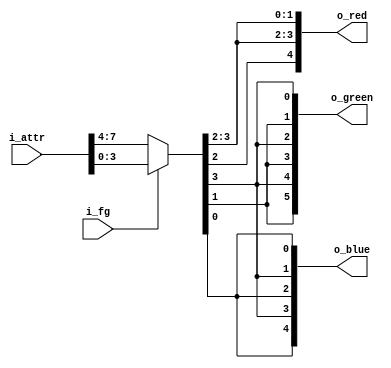
// Receive CGA color to drive LCD output R(5)G(6)B(5)
// "pixel on" signal select between foreground or background color.
// 00h => 00000000b
// 55h => 01010101b  (intensifier bit)
// AAh => 10101010b  (color bit)
// FFh => 11111111b
module color (
    input  [7:0] i_attr,   // Color attribute. irgb back (8b), irgb fore (8b)
    input        i_fg,     // pixel active (foreground color) or background color
    output [4:0] o_red,
    output [5:0] o_green,
    output [4:0] o_blue
);

assign {i,r,g,b} = i_fg ? i_attr[3:0] : i_attr[7:4];

assign o_red   = { r, i, r, i, r };
assign o_green = { g, i, g, i, g, i };
assign o_blue  = { b, i, b, i, b };

endmodule